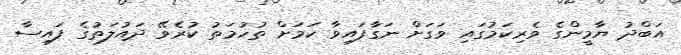
އަބްދު ޔާމީންގެ ވެރިކަމުގައި ވަގަށް ނަގާފައިވާ ކަމަށް ތުހުމަތު ކުރެވޭ ދައުލަތުގެ ފައިސާ